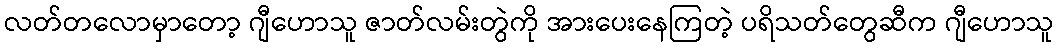
လတ်တလောမှာတော့ ဂျီဟောသူ ဇာတ်လမ်းတွဲကို အားပေးနေကြတဲ့ ပရိသတ်တွေဆီက ဂျီဟောသူ